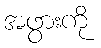
အဖွားကို